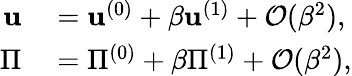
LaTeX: \begin{array}{rl}{\mathbf{u}}&{{}=\mathbf{u}^{(0)}+\beta\mathbf{u}^{(1)}+\mathcal{O}(\beta^{2}),}\\ {\Pi}&{{}=\Pi^{(0)}+\beta\Pi^{(1)}+\mathcal{O}(\beta^{2}),}\end{array}